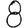
Digit: 8